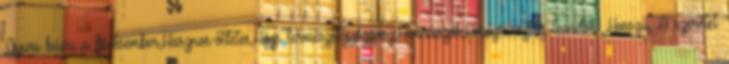
,Gyuri bácsi a füvesember,Hasznos-ötletes,Házi természetgyógyász,Himnuszok,Hőségriasztás teendők ,Hosszú, A szeretet